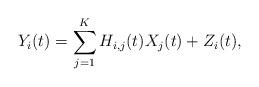
LaTeX: \begin{align*}Y_i(t) = \sum_{j=1}^{K} H_{i,j}(t) X_j(t) + Z_i(t),\end{align*}